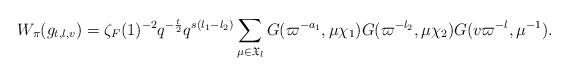
LaTeX: \begin{align*}W_{\pi}(g_{t,l,v}) = \zeta_F(1)^{-2} q^{-\frac{t}{2}} q^{s(l_1-l_2)} \sum_{\mu\in \mathfrak{X}_l} G(\varpi^{-a_1},\mu\chi_1)G(\varpi^{-l_2},\mu\chi_2)G(v\varpi^{-l}, \mu^{-1}). \end{align*}